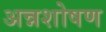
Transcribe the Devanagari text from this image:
अन्नशोषण